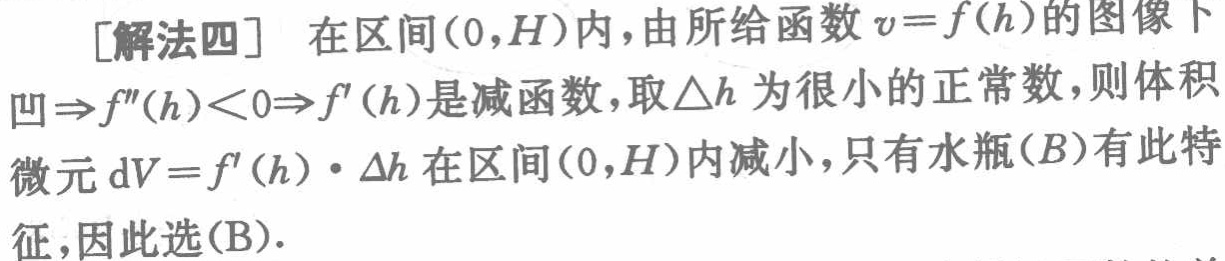
[解法四] 在区间\((0,H)\)内，由所给函数\(v = f(h)\)的图像下凹\(\Rightarrow f''(h)<0\Rightarrow f'(h)\)是减函数，取\(\Delta h\)为很小的正常数，则体积微元\(\mathrm{d}V = f'(h)\cdot\Delta h\)在区间\((0,H)\)内减小，只有水瓶\((B)\)有此特征，因此选\((B)\)。